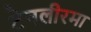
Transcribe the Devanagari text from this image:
टेनलीरमा